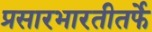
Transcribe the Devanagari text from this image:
प्रसारभारतीतर्फे